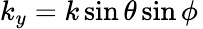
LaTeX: k_{y}=k\sin\theta\sin\phi\,